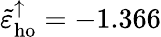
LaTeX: \tilde{\varepsilon}_{\mathrm{ho}}^{\uparrow}=-1.366